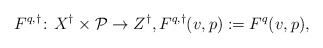
\begin{align*}F^{q,\dagger}\colon X^\dagger\times \mathcal P\to Z^\dagger, F^{q,\dagger}(v,p) := F^q(v,p),\end{align*}